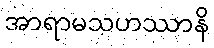
အာရာမသဟဿာနိ